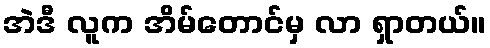
အဲဒီ လူက အိမ်တောင်မှ လာ ရှာတယ်။